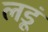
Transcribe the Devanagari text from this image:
लडूं